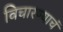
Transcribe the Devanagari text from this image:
विचारण्याचं